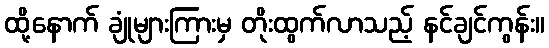
ထို့နောက် ချုံများကြားမှ တိုးထွက်လာသည့် နင်ချင်ကွန်း။